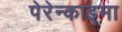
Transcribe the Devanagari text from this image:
पेरेन्काइमा